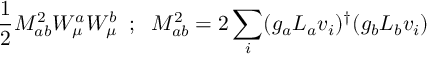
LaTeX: \frac { 1 } { 2 } M _ { a b } ^ { 2 } W _ { \mu } ^ { a } W _ { \mu } ^ { b } \; \; ; \; \; M _ { a b } ^ { 2 } = 2 \sum _ { i } ( g _ { a } L _ { a } v _ { i } ) ^ { \dagger } ( g _ { b } L _ { b } v _ { i } )